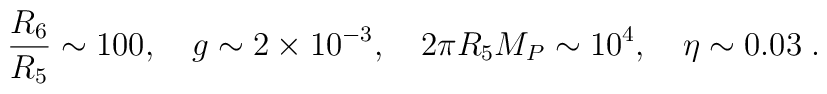
\frac{R_6}{R_5} \sim 100, \quad g \sim 2\times 10^{-3},\quad 2 \pi R_5M_P \sim 10^4, \quad \eta \sim 0.03 \;.